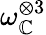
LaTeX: \omega_{\mathbb{C}}^{\otimes3}